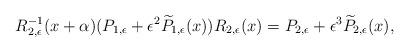
LaTeX: \begin{align*}R_{2,\epsilon}^{-1}(x+\alpha)(P_{1,\epsilon}+\epsilon^2\widetilde{P}_{1,\epsilon}(x))R_{2,\epsilon}(x) =P_{2,\epsilon}+\epsilon^3\widetilde{P}_{2,\epsilon}(x),\\\end{align*}